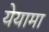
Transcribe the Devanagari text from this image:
येयामा